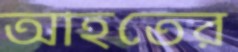
আহতের